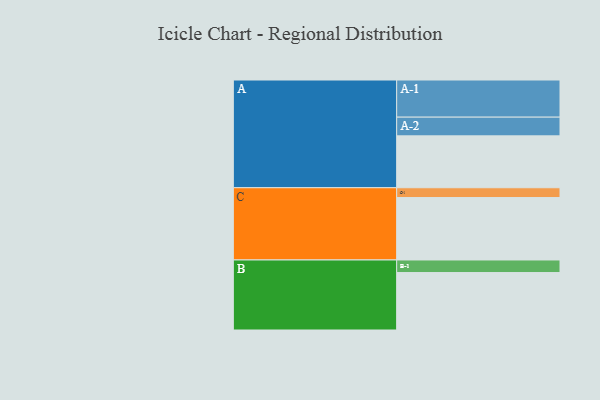
{"axis": {"x": "Segment", "y": "Value"}, "legend": ["", "A", "B", "C"], "data": [{"x": "A", "y": 355, "type": ""}, {"x": "B", "y": 393, "type": ""}, {"x": "C", "y": 427, "type": ""}, {"x": "A-1", "y": 254, "type": "A"}, {"x": "A-2", "y": 128, "type": "A"}, {"x": "B-1", "y": 86, "type": "B"}, {"x": "C-1", "y": 67, "type": "C"}]}